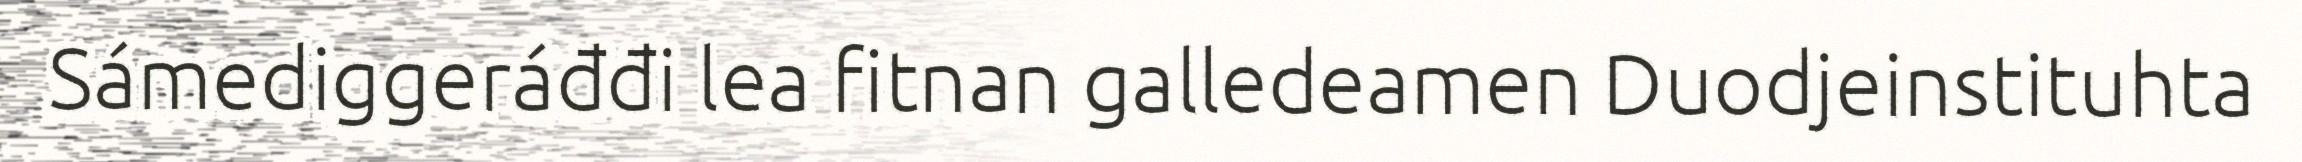
Sámediggeráđđi lea fitnan galledeamen Duodjeinstituhta